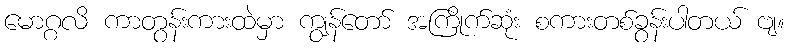
မောဂ္ဂလိ ကာတွန်းကားထဲမှာ ကျွန်တော် အကြိုက်ဆုံး စကားတစ်ခွန်းပါတယ် ဗျ။